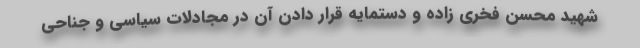
شهید محسن فخری زاده و دستمایه قرار دادن آن در مجادلات سیاسی و جناحی